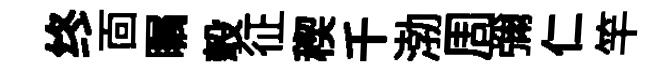
终靣瞩彀征稧千渤周彌仁竿